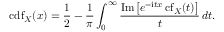
\operatorname { c d f } _ { X } ( x ) = \frac { 1 } { 2 } - \frac { 1 } { \pi } \int _ { 0 } ^ { \infty } \frac { \operatorname { I m } \left[ e ^ { - \mathrm { i } t x } \operatorname { c f } _ { X } ( t ) \right] } { t } \, d t .